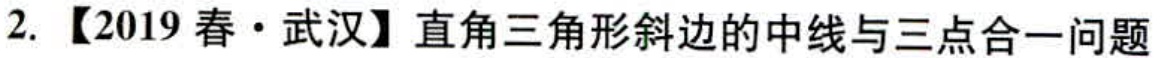
2. 【2019 春·武汉】直角三角形斜边的中线与三点合一问题